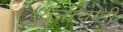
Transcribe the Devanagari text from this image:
यंत्राचाही